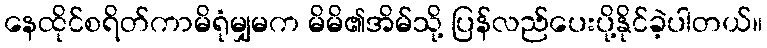
နေထိုင်စရိတ်ကာမိရုံမျှမက မိမိ၏အိမ်သို့ ပြန်လည်ပေးပို့နိုင်ခဲ့ပါတယ်။